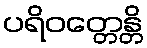
ပရိဝတ္တေန္တိ